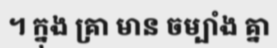
។ ក្នុង គ្រា មាន ចម្បាំង គ្នា